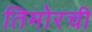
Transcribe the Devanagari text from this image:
तिमोरची